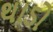
થાડો